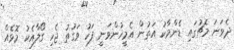
ދެވަނަ މެޗުގައި ޑެންމާކު އަތުން އެމީހުންވަނީ ފަހު ވަގުތު ޖެހި ގޯލާއެކު މޮޅެއް